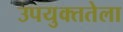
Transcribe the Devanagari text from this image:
उपयुक्ततेला